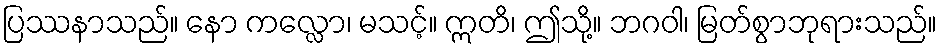
ပြဿနာသည်။ နော ကလ္လော၊ မသင့်။ ဣတိ၊ ဤသို့။ ဘဂဝါ၊ မြတ်စွာဘုရားသည်။